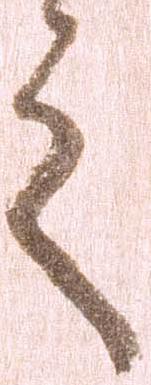
之